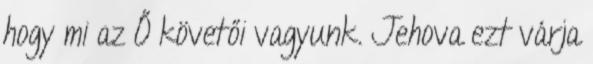
hogy mi az Ő követői vagyunk. Jehova ezt várja